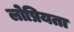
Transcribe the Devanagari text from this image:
लोप्रियता